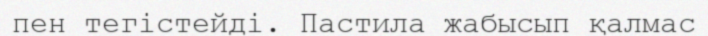
пен тегістейді. Пастила жабысып қалмас